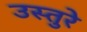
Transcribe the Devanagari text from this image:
उस्तुरे